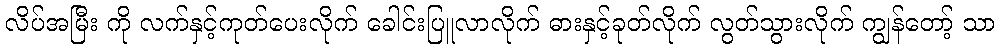
လိပ်အမြီး ကို လက်နှင့်ကုတ်ပေးလိုက် ခေါင်းပြူလာလိုက် ဓားနှင့်ခုတ်လိုက် လွတ်သွားလိုက် ကျွန်တော့် သာ